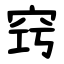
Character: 窍